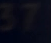
87